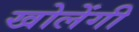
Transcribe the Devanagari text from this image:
खोलेंगी